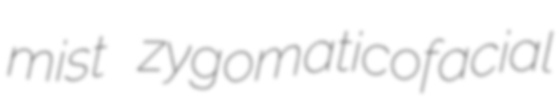
mist zygomaticofacial